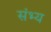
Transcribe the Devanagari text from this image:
संभ्य